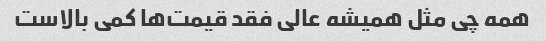
همه چی مثل همیشه عالی فقد قیمت‌ها کمی بالاست